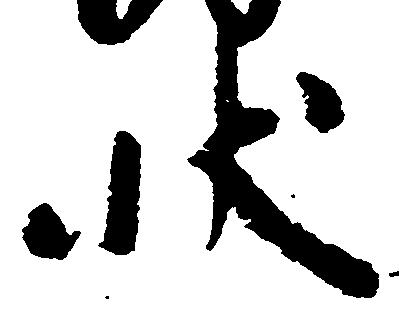
状